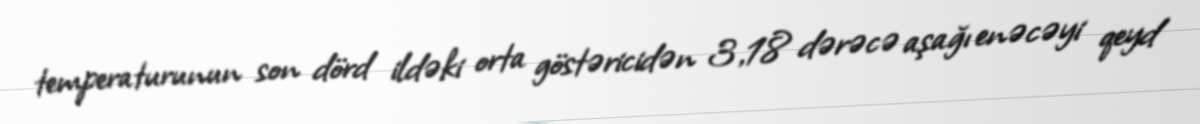
temperaturunun son dörd ildəki orta göstəricidən 3,18 dərəcə aşağı enəcəyi qeyd